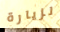
لزيارة